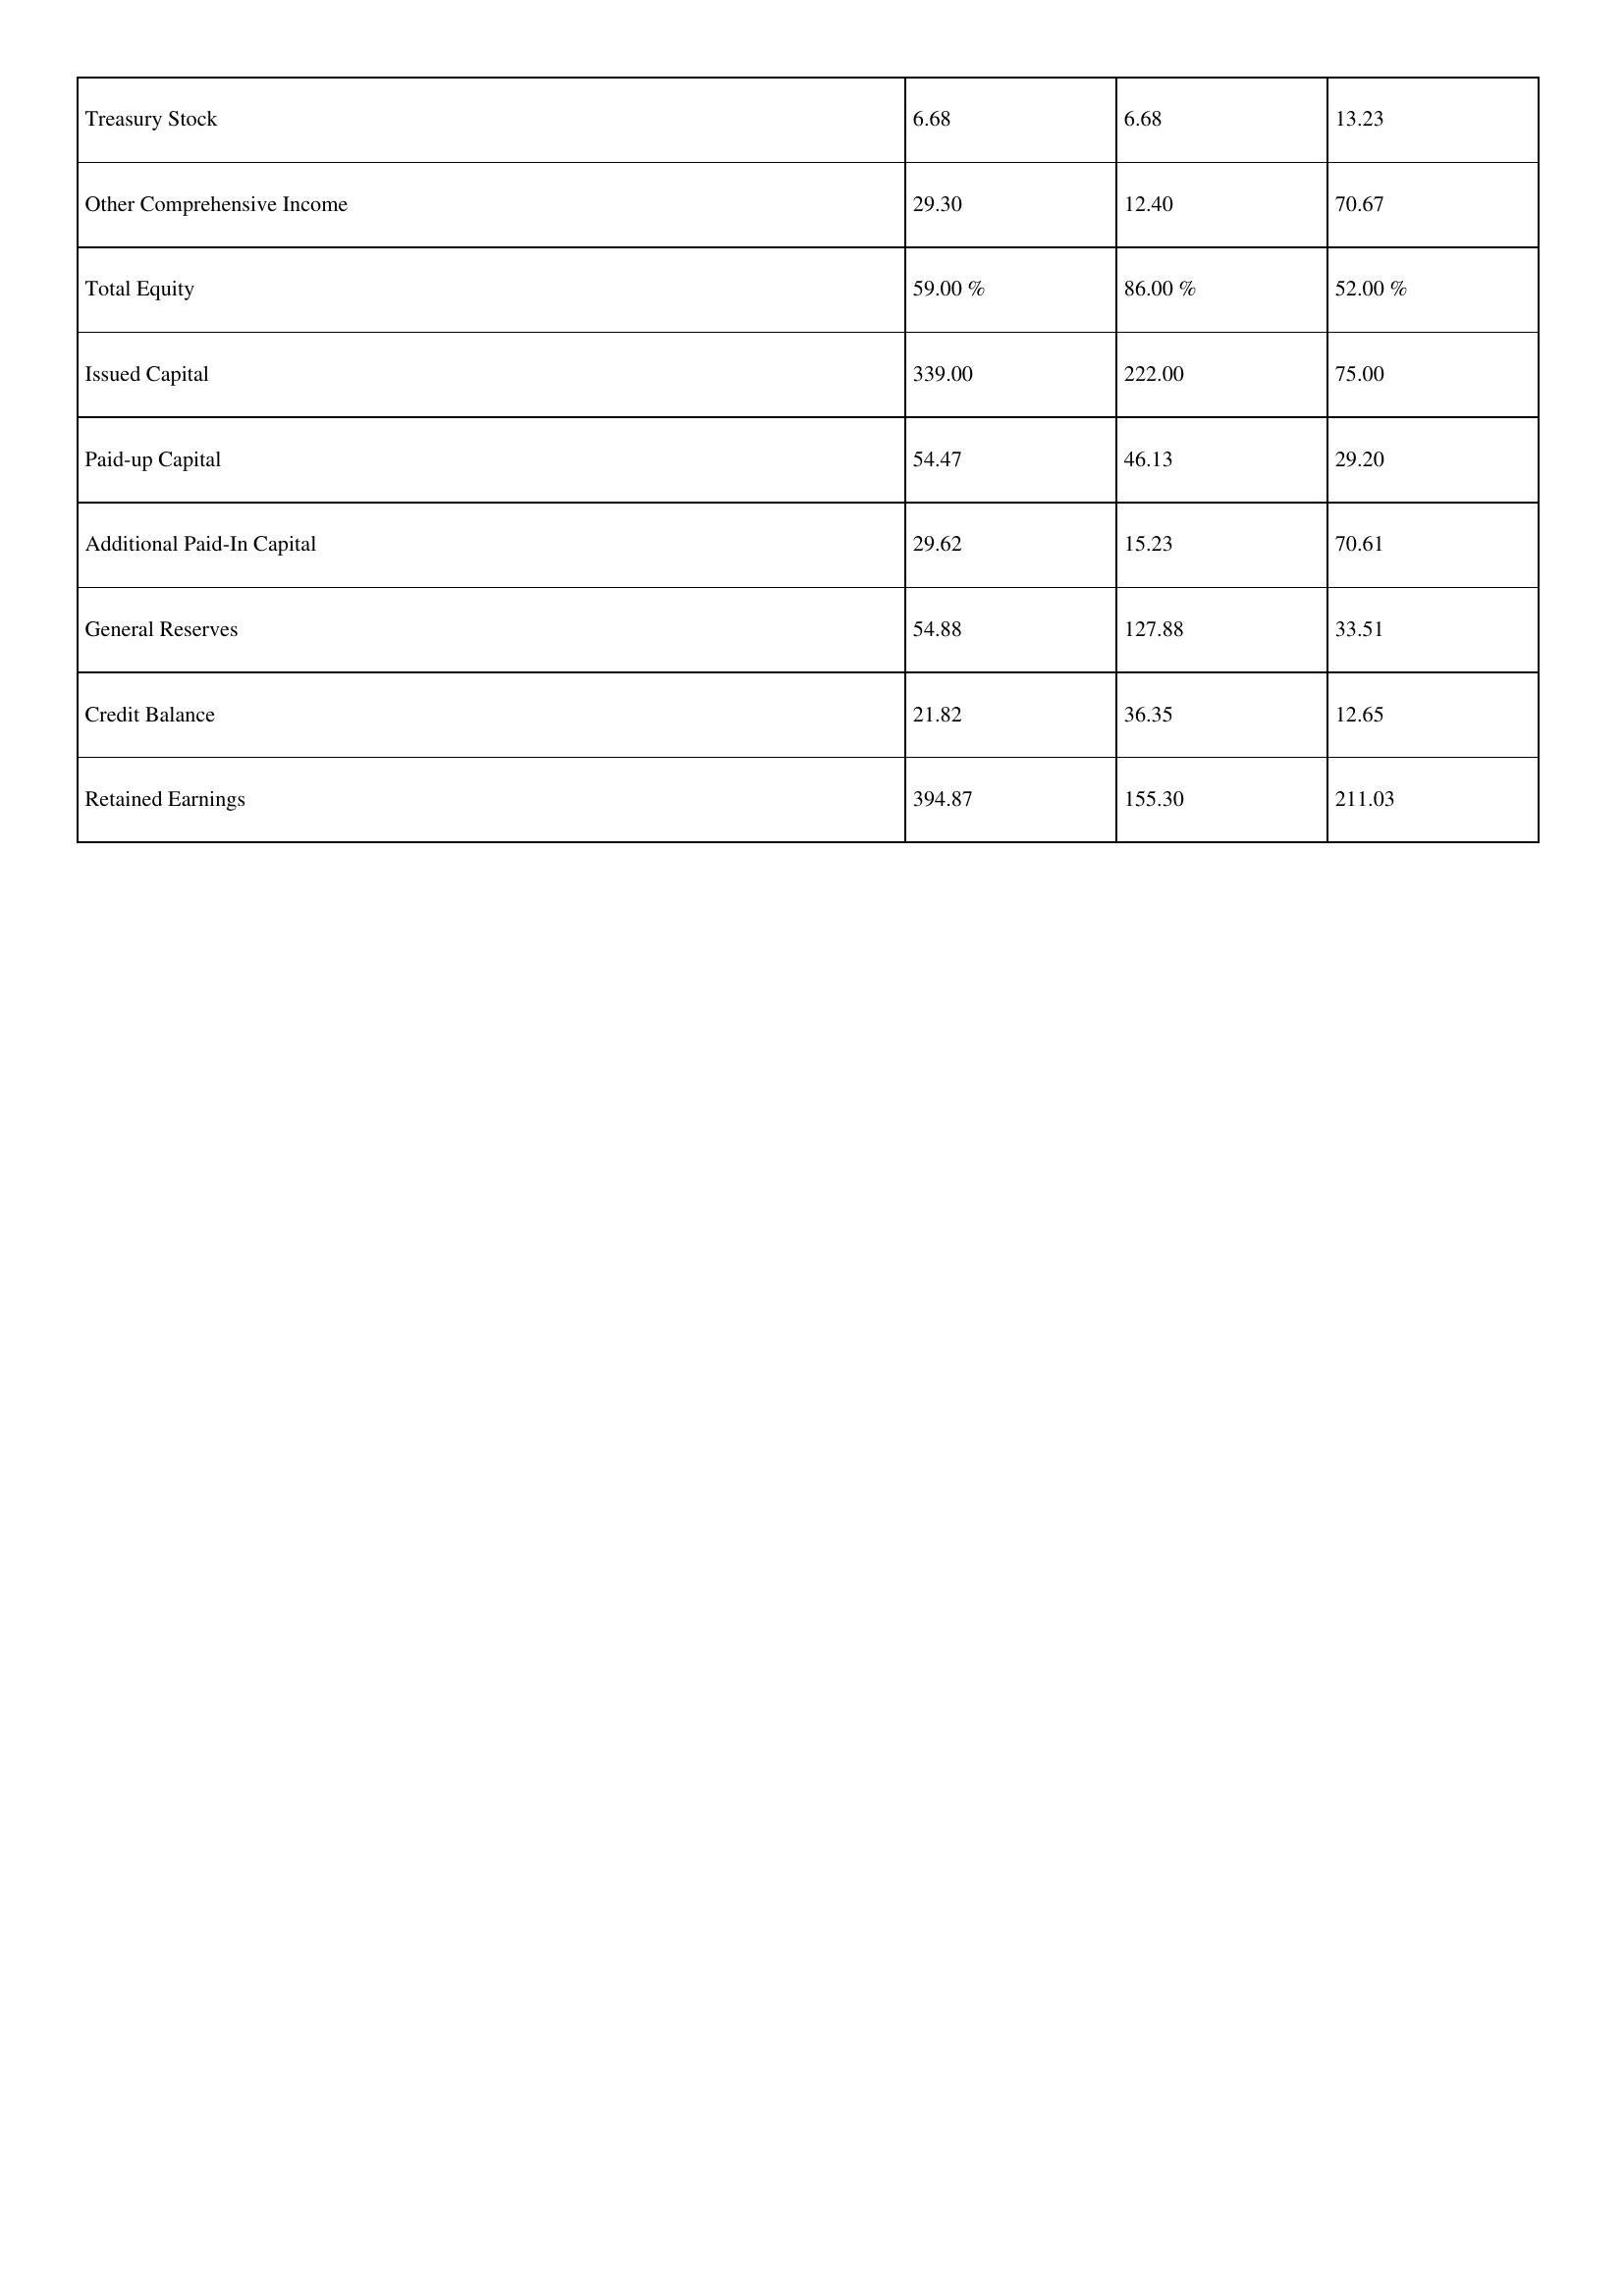
gt_parse: 2017: Treasury Stock: 6.68
Other Comprehensive Income: 29.30
Total Equity: 59.00 %
Issued Capital: 339.00
Paid-up Capital: 54.47
Additional Paid-In Capital: 29.62
General Reserves: 54.88
Credit Balance: 21.82
Retained Earnings: 394.87
2016: Treasury Stock: 6.68
Other Comprehensive Income: 12.40
Total Equity: 86.00 %
Issued Capital: 222.00
Paid-up Capital: 46.13
Additional Paid-In Capital: 15.23
General Reserves: 127.88
Credit Balance: 36.35
Retained Earnings: 155.30
2015: Treasury Stock: 13.23
Other Comprehensive Income: 70.67
Total Equity: 52.00 %
Issued Capital: 75.00
Paid-up Capital: 29.20
Additional Paid-In Capital: 70.61
General Reserves: 33.51
Credit Balance: 12.65
Retained Earnings: 211.03